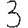
Digit: 3